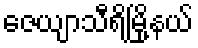
ဇေယျာသီရိမြို့နယ်